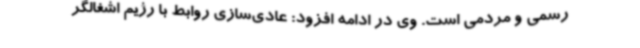
رسمی و مردمی است‌. وی در ادامه افزود: عادی‌سازی روابط با رژیم اشغالگر